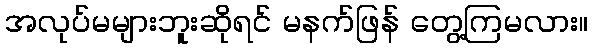
အလုပ်မများဘူးဆိုရင် မနက်ဖြန် တွေ့ကြမလား။